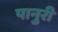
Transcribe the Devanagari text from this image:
पानुरी